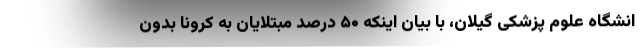
انشگاه علوم پزشکی گیلان، با بیان اینکه ۵۰ درصد مبتلایان به کرونا بدون